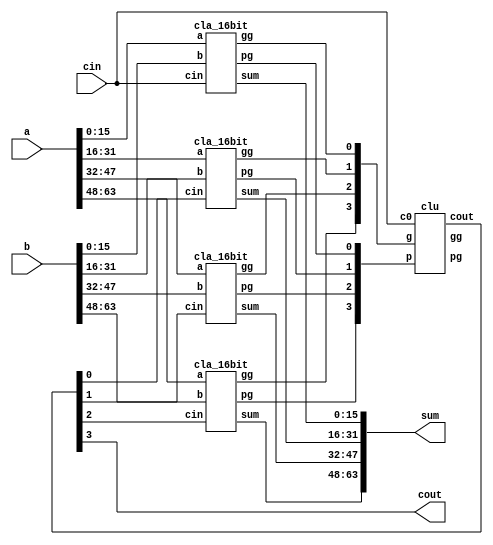
// =============================================================================
// -----------------------------------------------------------------------------
// This file implements a hierarchical 64-bit carry-look-ahead (CLA) adder.
// =============================================================================


// ----------------------------------------------------
// Part I: 64-bit CLA adder
// ----------------------------------------------------
// TODO: please implement 64-bit CLA adder here
module cla_64bit(
	input wire	[63:0]	a,
	input wire	[63:0]	b, 
	input wire			cin, 
	output wire	[63:0]	sum,
	output wire			cout
);

wire [3:0] p, g;	// internal variables
wire [4:0] c;		// carry

assign c[0] = cin;
assign cout = c[4];

// four 16bit adder with Carry Look Ahead(CLA)
cla_16bit a4_0(.a(a[15:0]), .b(b[15:0]), .cin(c[0]), .pg(p[0]), .gg(g[0]), .sum(sum[15:0]));
cla_16bit a4_1(.a(a[31:16]), .b(b[31:16]), .cin(c[1]), .pg(p[1]), .gg(g[1]), .sum(sum[31:16]));
cla_16bit a4_2(.a(a[47:32]), .b(b[47:32]), .cin(c[2]), .pg(p[2]), .gg(g[2]), .sum(sum[47:32]));
cla_16bit a4_3(.a(a[63:48]), .b(b[63:48]), .cin(c[3]), .pg(p[3]), .gg(g[3]), .sum(sum[63:48]));

// carry look ahead unit
clu clu_64(.p(p), .g(g), .c0(c[0]), .pg(pg), .gg(gg), .cout(c[4:1]));
 
endmodule


// ----------------------------------------------------
// Part II: 16-bit CLA adder
// ----------------------------------------------------
module cla_16bit(
	input wire	[15:0]	a,		// operator 1
	input wire	[15:0]	b, 		// operator 2
	input wire			cin, 	// carry in
	output wire	[15:0]	sum,	// sum
	output wire			cout,	// carry out
	output wire			pg,		// group propagate
	output wire			gg		// group generate
);

wire [3:0] p, g;	// internal variables
wire [4:0] c;		// carry

assign c[0] = cin;
assign cout = c[4];

// four 4bit adder with Carry Look Ahead(CLA)
cla_4bit a4_0(.a(a[3:0]), .b(b[3:0]), .cin(c[0]), .pg(p[0]), .gg(g[0]), .sum(sum[3:0]));
cla_4bit a4_1(.a(a[7:4]), .b(b[7:4]), .cin(c[1]), .pg(p[1]), .gg(g[1]), .sum(sum[7:4]));
cla_4bit a4_2(.a(a[11:8]), .b(b[11:8]), .cin(c[2]), .pg(p[2]), .gg(g[2]), .sum(sum[11:8]));
cla_4bit a4_3(.a(a[15:12]), .b(b[15:12]), .cin(c[3]), .pg(p[3]), .gg(g[3]), .sum(sum[15:12]));

// carry look ahead unit
clu clu_16(.p(p), .g(g), .c0(c[0]), .pg(pg), .gg(gg), .cout(c[4:1]));

endmodule


// ----------------------------------------------------
// Part III: 4-bit CLA adder
// ----------------------------------------------------
module cla_4bit(
	input wire	[3:0]	a,			// operator 1
	input wire	[3:0]	b, 			// operator 2
	input wire			cin, 		// carry in
	output wire	[3:0]	sum,		// sum
	output wire			cout,		// carry out
	output wire 		pg, 		// group propagate
	output wire			gg			// group generate
);

 
wire [3:0] p,g; 	// internal variables
wire [4:0] c;		// carry
 
assign p = a^b;		//propagate
assign g = a&b; 	//generate
 
assign c[0] = cin;
assign cout = c[4];

clu clu_4(.p(p), .g(g), .c0(c[0]), .pg(pg), .gg(gg), .cout(c[4:1]));

assign sum = p^c;

endmodule

// ----------------------------------------------------
// Part IV: carry look-ahead unit
// ----------------------------------------------------
module clu(
	input wire	[3:0]	p,
	input wire	[3:0]	g,
	input wire			c0,		
	output wire			pg,		// group generate
	output wire			gg,		// group propagate
	output wire [4:1]	cout	// carrys C1 to C4
);

wire [4:0]	c;	// internal variables

assign cout = c[4:1];
assign pg = &p;
assign gg = g[3] | (g[2]&p[3]) | (g[1]&p[3]&p[2]) | (g[0]&p[3]&p[2]&p[1]);
assign c[1] = g[0] | (p[0]&c0);
assign c[2] = g[1] | (g[0]&p[1]) | (c0&p[0]&p[1]);
assign c[3] = g[2] | (g[1]&p[2]) | (g[0]&p[1]&p[2]) | (c0&p[0]&p[1]&p[2]);
assign c[4] = g[3] | (g[2]&p[3]) | (g[1]&p[2]&p[3]) | (g[0]&p[1]&p[2]&p[3]) | (c0&p[0]&p[1]&p[2]&p[3]);

endmodule